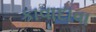
કાવાદાવા